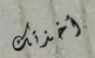
أخذتك